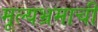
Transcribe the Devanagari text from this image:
मूल्यभ्रमाची